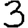
Digit: 3